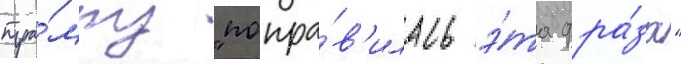
тра́мпу "понра́в'илась э́та фра́за"